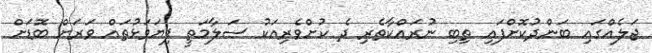
ޖަލެއްގައި ބަންދުކޮށްފައި ތިބި ނުރައްކާތެރި ދެ ކުށްވެރިއަކު ސަލާމަތީ ފިޔަވަޅުތައް ވަރަށް ބޮޑަށް